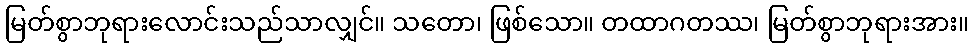
မြတ်စွာဘုရားလောင်းသည်သာလျှင်။ သတော၊ ဖြစ်သော။ တထာဂတဿ၊ မြတ်စွာဘုရားအား။